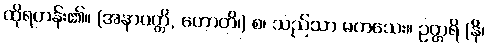
ထိုရဟန်း၏။ (အနာပတ္တိ, ဟောတိ၊) စ၊ သည်သာ မကသေး။ ဥတ္တရိ (နိ၊